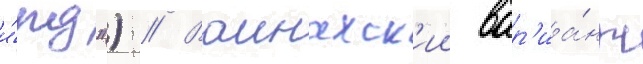
и́пд") // Ваинахск'ии вар'иа́нт